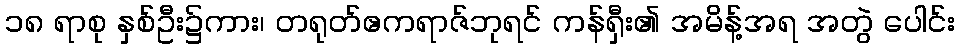
၁၈ ရာစု နှစ်ဦး၌ကား၊ တရုတ်ဧကရာဇ်ဘုရင် ကန်ရှီး၏ အမိန့်အရ အတွဲ ပေါင်း